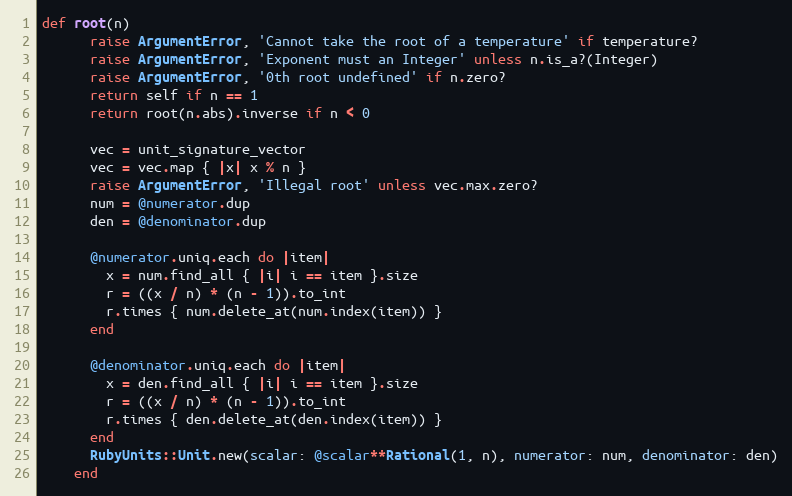
Language: Ruby
def root(n)
      raise ArgumentError, 'Cannot take the root of a temperature' if temperature?
      raise ArgumentError, 'Exponent must an Integer' unless n.is_a?(Integer)
      raise ArgumentError, '0th root undefined' if n.zero?
      return self if n == 1
      return root(n.abs).inverse if n < 0

      vec = unit_signature_vector
      vec = vec.map { |x| x % n }
      raise ArgumentError, 'Illegal root' unless vec.max.zero?
      num = @numerator.dup
      den = @denominator.dup

      @numerator.uniq.each do |item|
        x = num.find_all { |i| i == item }.size
        r = ((x / n) * (n - 1)).to_int
        r.times { num.delete_at(num.index(item)) }
      end

      @denominator.uniq.each do |item|
        x = den.find_all { |i| i == item }.size
        r = ((x / n) * (n - 1)).to_int
        r.times { den.delete_at(den.index(item)) }
      end
      RubyUnits::Unit.new(scalar: @scalar**Rational(1, n), numerator: num, denominator: den)
    end